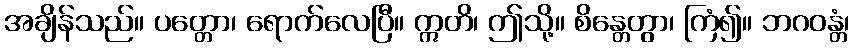
အချိန်သည်။ ပတ္တော၊ ရောက်လေပြီ။ ဣတိ၊ ဤသို့။ စိန္တေတွာ၊ ကြံ၍။ ဘဂဝန္တံ၊